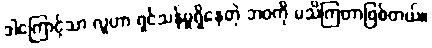
ဒါကြောင့်သာ လူဟာ ရှင်သန်မှုရှိနေတဲ့ ဘဝကို မသိကြတာဖြစ်တယ်။